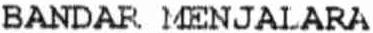
BANDAR MENJALARA